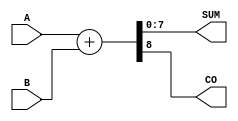
module ParameterizedAdder #(
    parameter BIT_WIDTH = 8 // Default bit width
)(
    input  wire [BIT_WIDTH-1:0] A,    // First input
    input  wire [BIT_WIDTH-1:0] B,    // Second input
    output wire [BIT_WIDTH-1:0] SUM,   // Sum output
    output wire                   CO     // Carry-out output
);

    // Perform addition
    assign {CO, SUM} = A + B; // Concatenating carry-out with SUM

endmodule